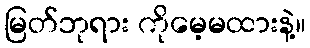
မြတ်ဘုရား ကိုမေ့မထားနဲ့။